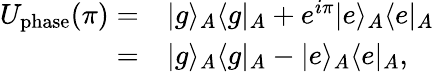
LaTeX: \begin{array}{rl}{U_{\mathrm{phase}}(\pi)=}&{{}|g\rangle_{A}\langle g|_{A}+e^{i\pi}|e\rangle_{A}\langle e|_{A}}\\ {=}&{{}|g\rangle_{A}\langle g|_{A}-|e\rangle_{A}\langle e|_{A},}\end{array}